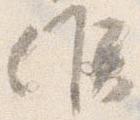
候